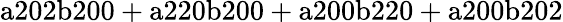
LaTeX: \mathrm{a202b200+a220b200+a200b220+a200b202}